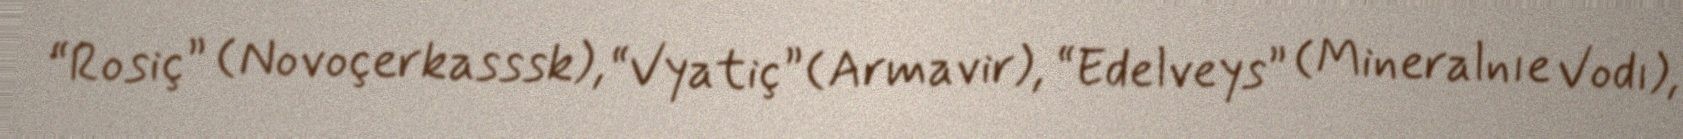
“Rosiç” (Novoçerkasssk), “Vyatiç” (Armavir), “Edelveys” (Mineralnıe Vodı),